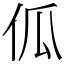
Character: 𠇗